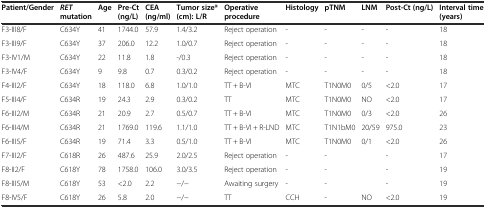
| Patient/Gender | RETmutation | Age | Pre-Ct (ng/L) | CEA (ng/ml) | Tumor size* (cm): L/R | Operative procedure | Histology | pTNM | LNM | Post-Ct (ng/L) | Interval time (years) |
 | --- | --- | --- | --- | --- | --- | --- | --- | --- | --- | --- | --- |
 | F3-III8/F | C634Y | 41 | 1744.0 | 57.9 | 1.4/3.2 | Reject operation | - | - | - | - | 18 |
 | F3-III9/F | C634Y | 37 | 206.0 | 12.2 | 1.0/0.7 | Reject operation | - | - | - | - | 18 |
 | F3-IV1/M | C634Y | 22 | 11.8 | 1.8 | -/0.3 | Reject operation | - | - | - | - | 18 |
 | F3-IV4/F | C634Y | 9 | 9.8 | 0.7 | 0.3/0.2 | Reject operation | - | - | - | - | 18 |
 | F4-III2/F | C634Y | 18 | 118.0 | 6.8 | 1.0/1.0 | TT + B-VI | MTC | T1N0M0 | 0/5 | <2.0 | 17 |
 | F5-III4/F | C634R | 19 | 24.3 | 2.9 | 0.3/0.2 | TT | MTC | T1N0M0 | NO | <2.0 | 17 |
 | F6-III2/M | C634R | 21 | 20.9 | 2.7 | 0.5/0.7 | TT + B-VI | MTC | T1N0M0 | 0/3 | <2.0 | 26 |
 | F6-III4/M | C634R | 21 | 1769.0 | 119.6 | 1.1/1.0 | TT + B-VI + R-LND | MTC | T1N1bM0 | 20/59 | 975.0 | 23 |
 | F6-III5/F | C634R | 19 | 71.4 | 3.3 | 0.5/1.0 | TT + B-VI | MTC | T1N0M0 | 0/1 | <2.0 | 26 |
 | F7-III2/F | C618R | 26 | 487.6 | 25.9 | 2.0/2.5 | Reject operation | - | - |  | - | 17 |
 | F8-II2/F | C618Y | 78 | 1758.0 | 106.0 | 3.0/3.5 | Reject operation | - | - |  | - | 19 |
 | F8-III5/M | C618Y | 53 | <2.0 | 2.2 | −/− | Awaiting surgery | - | - |  | - | 19 |
 | F8-IV5/F | C618Y | 26 | 5.8 | 2.0 | −/− | TT | CCH | - | NO | <2.0 | 19 |